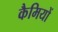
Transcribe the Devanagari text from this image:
कैमियों